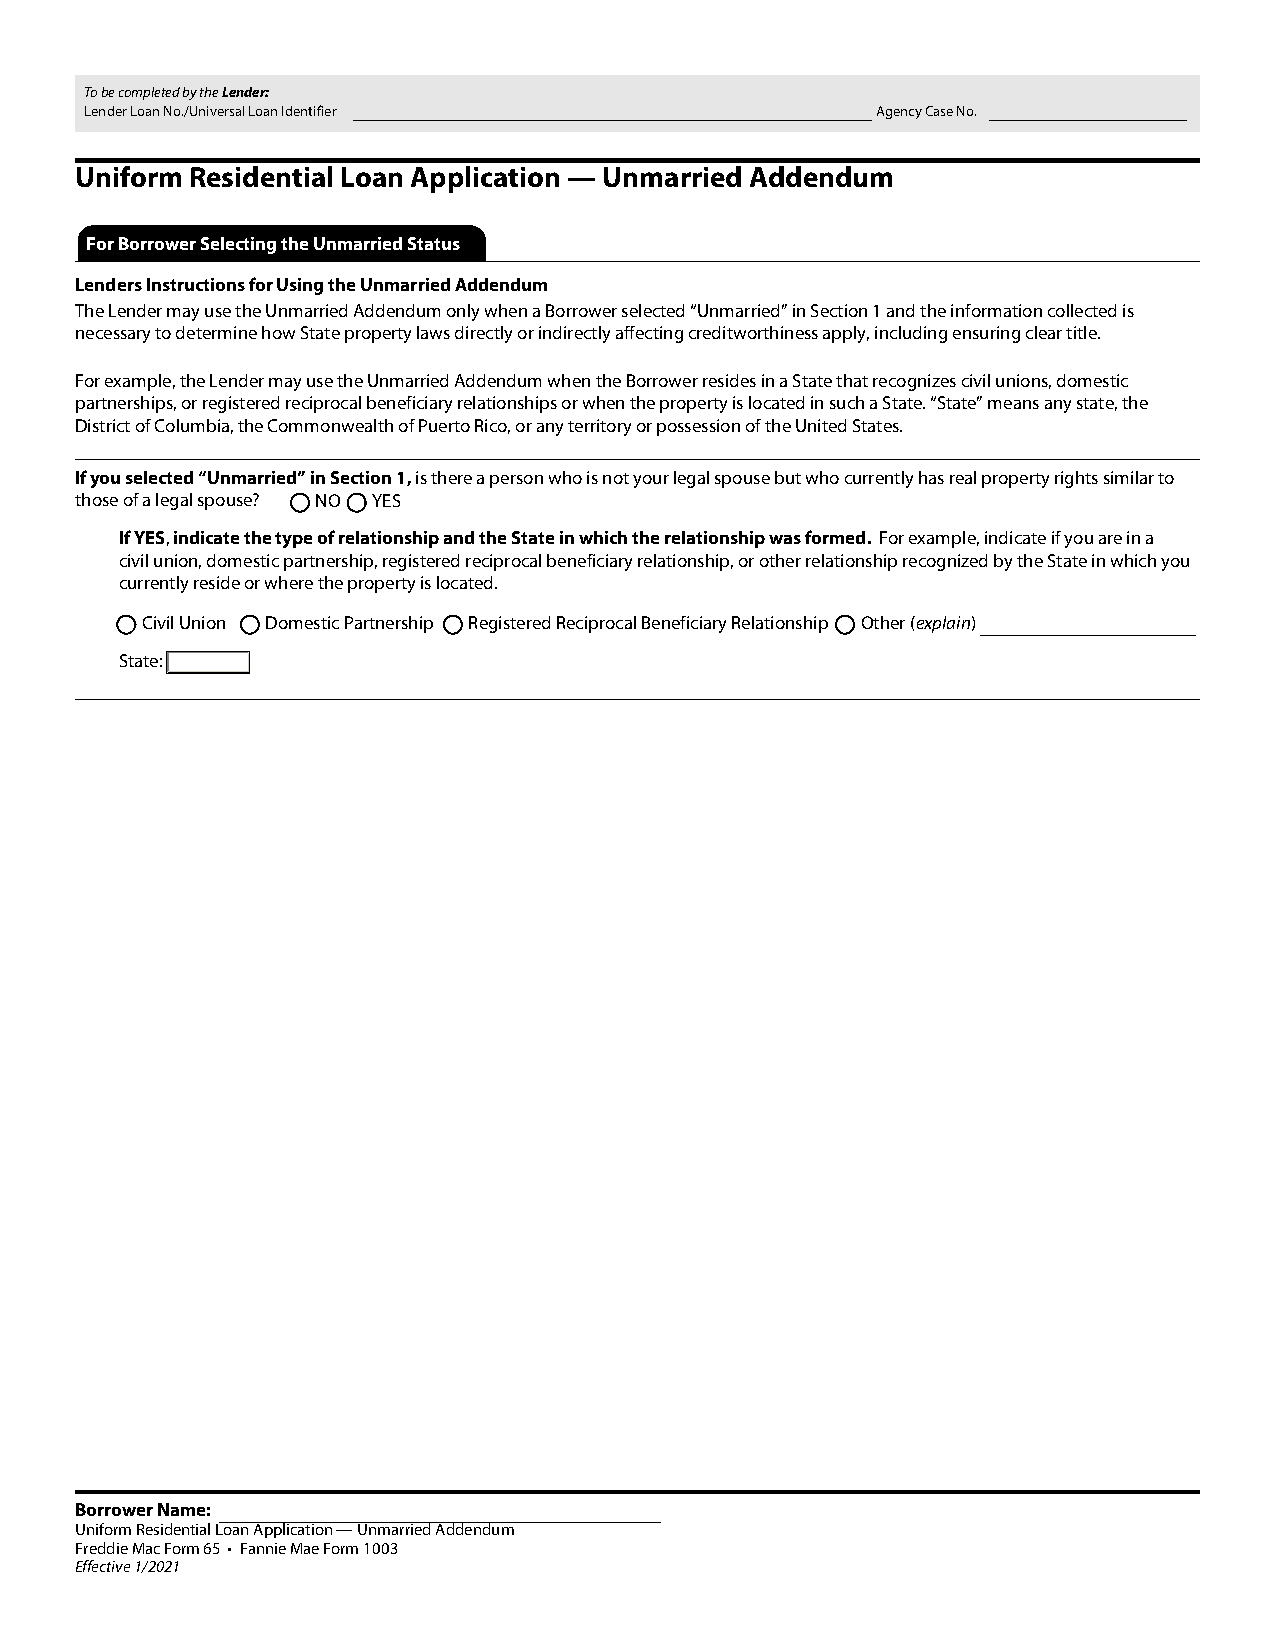
To be completed by the Lender:
 Lender Loan No./Universal Loan Identifier           Agency Case No.
 Uniform Residential Loan Application — Unmarried Addendum
 For Borrower Selecting the Unmarried Status
 Lenders Instructions for Using the Unmarried Addendum
 The Lender may use the Unmarried Addendum only when a Borrower selected “Unmarried” in Section 1 and the information collected is
 necessary to determine how State property laws directly or indirectly affecting creditworthiness apply, including ensuring clear title.
 For example, the Lender may use the Unmarried Addendum when the Borrower resides in a State that recognizes civil unions, domestic
 partnerships, or registered reciprocal beneficiary relationships or when the property is located in such a State. “State” means any state, the
 District of Columbia, the Commonwealth of Puerto Rico, or any territory or possession of the United States.
 If you selected “Unmarried” in Section 1, is there a person who is not your legal spouse but who currently has real property rights similar to
 those of a legal spouse? NO YES
 If YES, indicate the type of relationship and the State in which the relationship was formed. For example, indicate if you are in a
 civil union, domestic partnership, registered reciprocal beneficiary relationship, or other relationship recognized by the State in which you
 currently reside or where the property is located.
 Civil Union Domestic Partnership Registered Reciprocal Beneficiary Relationship Other (explain)
 State:
 Borrower Name:
 Uniform Residential Loan Application — Unmarried Addendum
 Freddie Mac Form 65 • Fannie Mae Form 1003
 Effective 1/2021